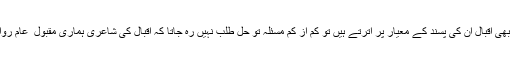
بحث یہ نہیں ہے بلكہ میرا خیال یہ ہے كہ اگر لخت لخت لوگوں كے جواب میں بھی اقبال ان كی پسند كے معیار پر اترتے ہیں تو كم از كم مسئلہ تو حل طلب نہیں رہ جاتا كہ اقبال كی شاعری ہماری مقبول ِ عام روایت كا حصہ بن چكی ہے اور ہماری سائكی میں بتدریج شامل ہوتی جا رہی ہے۔